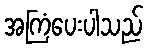
အကြံပေးပါသည်